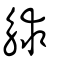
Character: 觩